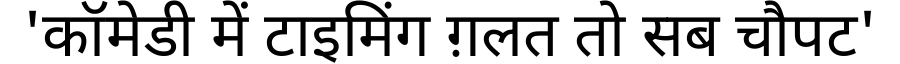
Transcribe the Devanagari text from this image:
'कॉमेडी में टाइमिंग ग़लत तो सब चौपट'